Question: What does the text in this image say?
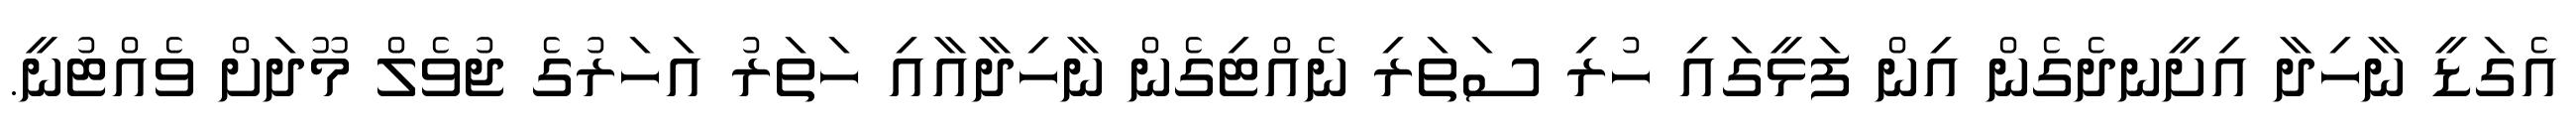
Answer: އެގަޑީ ނާހިދާ އިށީނދެގެން އިން ފަޅީގައި ހުރި ސަތަރި ނެއްޓިގެން ނާހިދާއާއި ހަތަރު އަހަރުގެ ޖުވެލް މޫދަށް ވެއްޓުނީ.